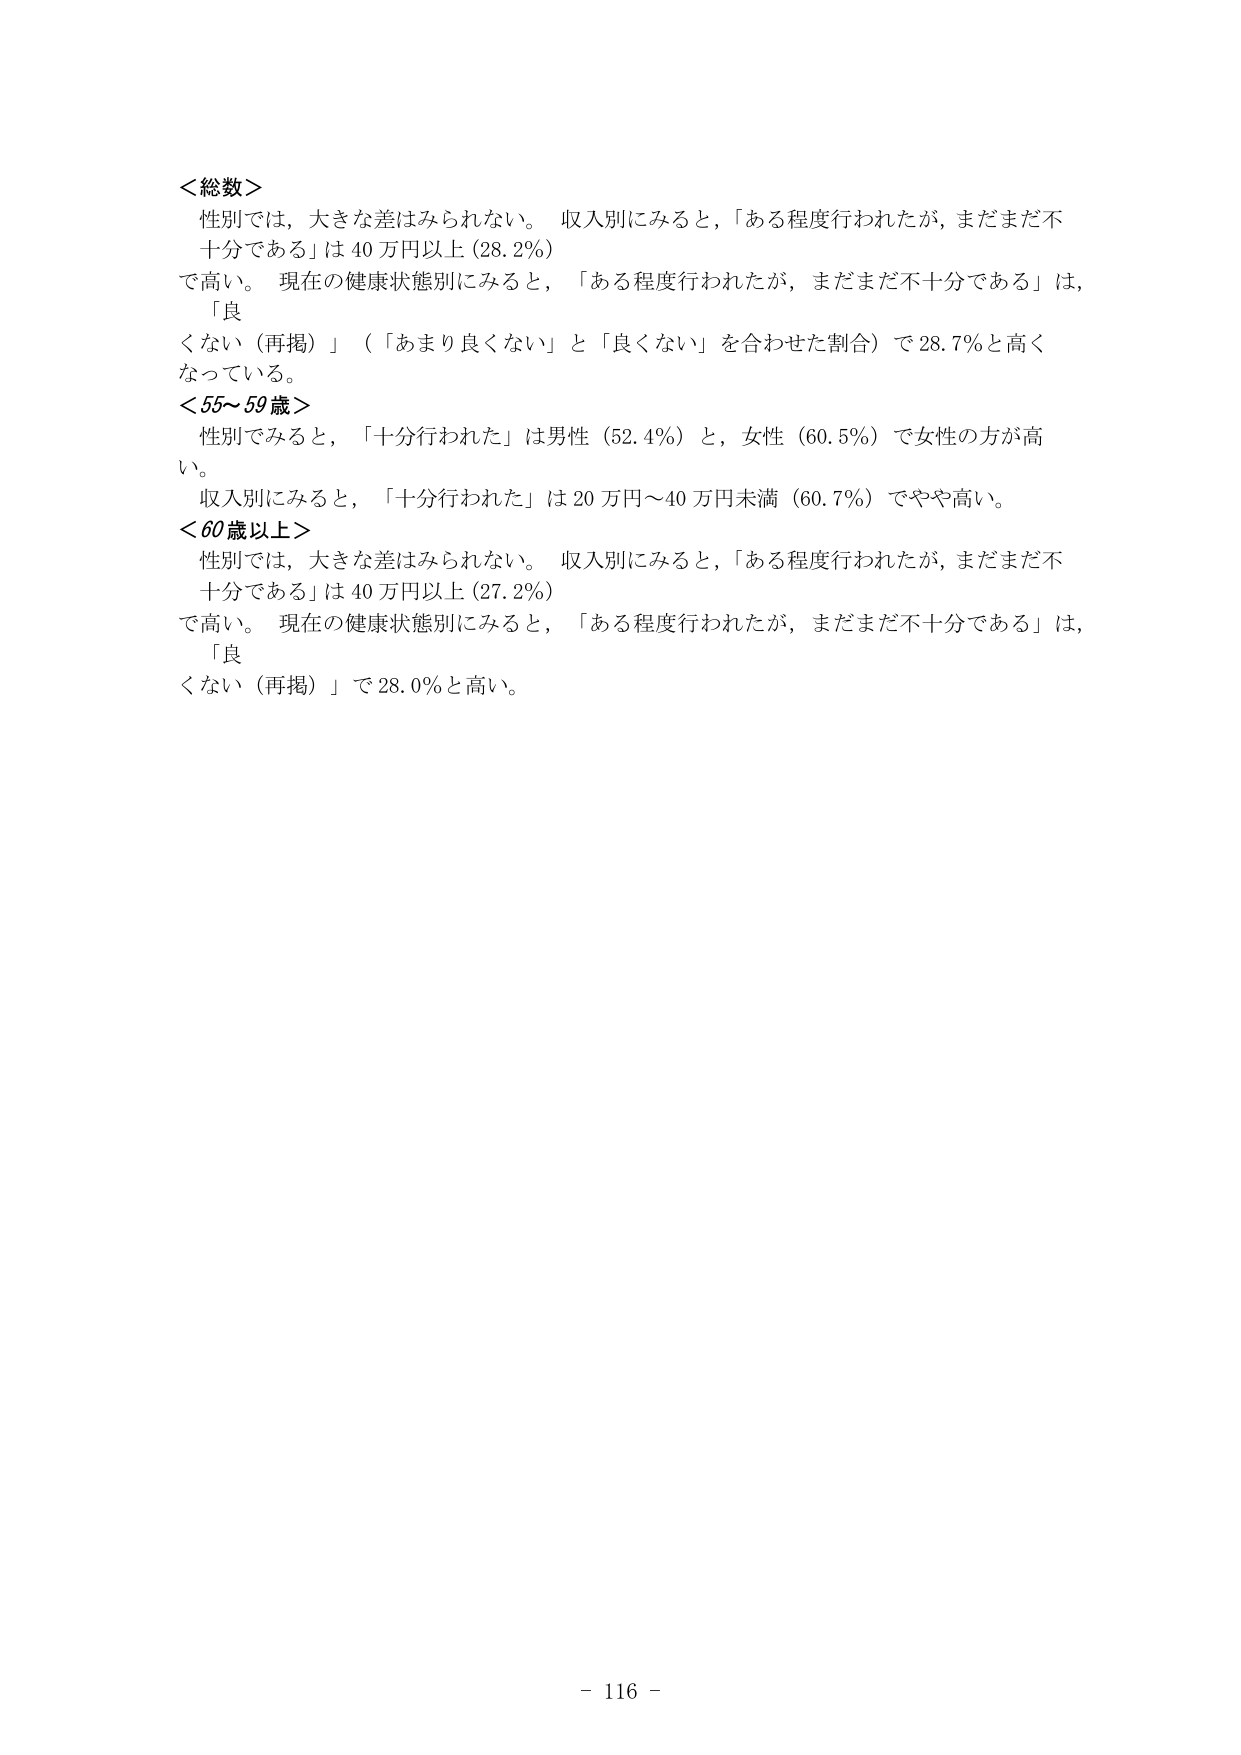
＜総数＞
性別では，大きな差はみられない。収入別にみると，「ある程度行われたが，まだまだ不十分である」は40万円以上（28.2％）で高い。現在の健康状態別にみると，「ある程度行われたが，まだまだ不十分である」は，「良くない（再掲）」（「あまり良くない」と「良くない」を合わせた割合）で28.7％と高くなっている。
＜55～59歳＞
性別でみると，「十分行われた」は男性（52.4％）と，女性（60.5％）で女性の方が高い。
収入別にみると，「十分行われた」は20万円～40万円未満（60.7％）でやや高い。
＜60歳以上＞
性別では，大きな差はみられない。収入別にみると，「ある程度行われたが，まだまだ不十分である」は40万円以上（27.2％）で高い。現在の健康状態別にみると，「ある程度行われたが，まだまだ不十分である」は，「良くない（再掲）」で28.0％と高い。
- 116 -